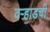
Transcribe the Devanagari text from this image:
वऱ्हाडची